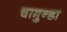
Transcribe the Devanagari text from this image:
चामुन्डा